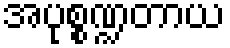
အပုစ္စဏ္ဍတာယ